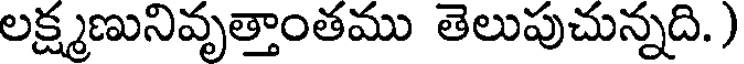
లక్ష్మణునివృత్తాంతము తెలుపుచున్నది.)